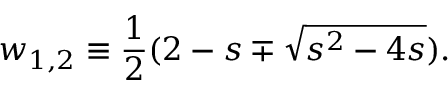
w _ { 1 , 2 } \equiv { \frac { 1 } { 2 } } ( 2 - s \mp \sqrt { s ^ { 2 } - 4 s } ) .